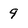
Character: 9